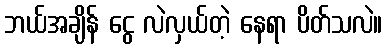
ဘယ်အချိန် ငွေ လဲလှယ်တဲ့ နေရာ ပိတ်သလဲ။